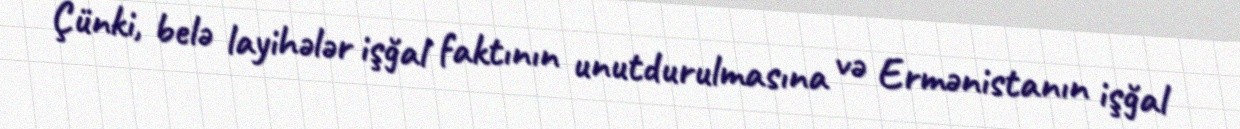
Çünki, belə layihələr işğal faktının unutdurulmasına və Ermənistanın işğal